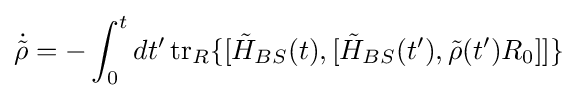
{\dot {\tilde {\rho }}}=-\int _{0}^{t}dt'\operatorname {tr} _{R}\{[{\tilde {H}}_{BS}(t),[{\tilde {H}}_{BS}(t'),{\tilde {\rho }}(t')R_{0}]]\}